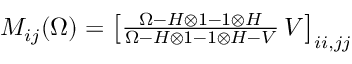
\begin{array} { r } { M _ { i j } ( \Omega ) = \left[ \frac { \Omega - H \otimes 1 - 1 \otimes H } { \Omega - H \otimes 1 - 1 \otimes H - V } \, V \right] _ { i i , j j } } \end{array}